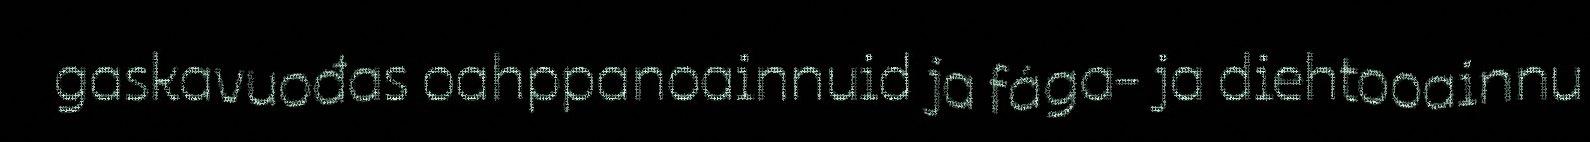
gaskavuođas oahppanoainnuid ja fága- ja diehtooainnu